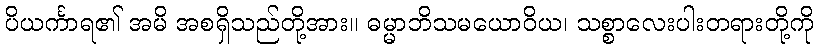
ပိယင်္ကာရ၏ အမိ အစရှိသည်တို့အား။ ဓမ္မာဘိသမယောဝိယ၊ သစ္စာလေးပါးတရားတို့ကို